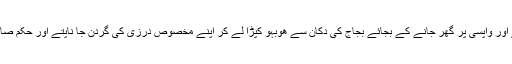
بخیئے کی ترپن اور ٹیکسٹائل مل کا ٹیگ تک پڑھ لیتے اور واپسی پر گھر جانے کے بجائے بجاج کی دکان سے ھوبہو کپڑا لے کر اپنے مخصوص درزی کی گردن جا ناپتے اور حکم صادر ھوتا کہ تمام آلات,حرب سمیٹ کر سینما گھر پہنچو۔